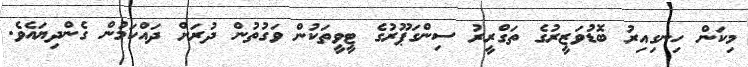
މިކަން ހިނގިއިރު ބޮޑުވަޒީރުގެ ތަގްރީރު ސިންގަޕޫރުގެ ޓީވީތަކުން ވަގުތުން ދުރަށް ދައްކަމުން ގެންދިޔައެވެ.